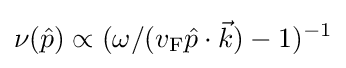
\nu ({\hat {p}})\propto ({\omega }/({v_{\rm {F}}{\hat {p}}\cdot {\vec {k}}})-1)^{-1}